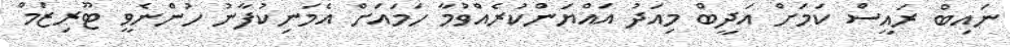
ނައިބް ރައީސް ކަމަށް އަދީބް މިއަދު އައްޔަންކުރެއްވުމާ ހަމައަށް އެމަނިކުފާނު ހުންނެވީ ޓޫރިޒަމް